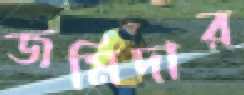
জমিদার